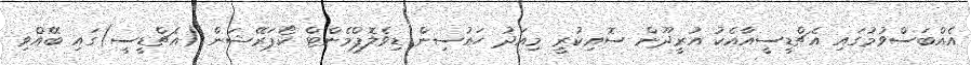
އެއްބަސްވުމުގައި އެޗްޑީސީއާއެކު އުރީދޫން ސޮއިކުރީ މިއަދު ހައުސިން ޑިވެލޮޕްމެންޓް ކޯޕަރޭޝަން (އެޗްޑީސީ)ގައި ބޭއްވި